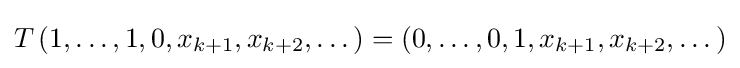
T\left(1,\dots ,1,0,x_{k+1},x_{k+2},\dots \right)=\left(0,\dots ,0,1,x_{k+1},x_{k+2},\dots \right)